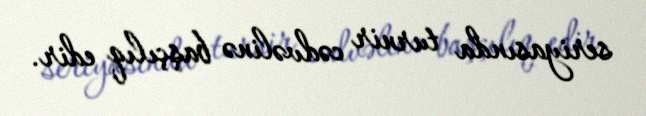
seriyasında turnir cədvəlinə başçılıq edir.